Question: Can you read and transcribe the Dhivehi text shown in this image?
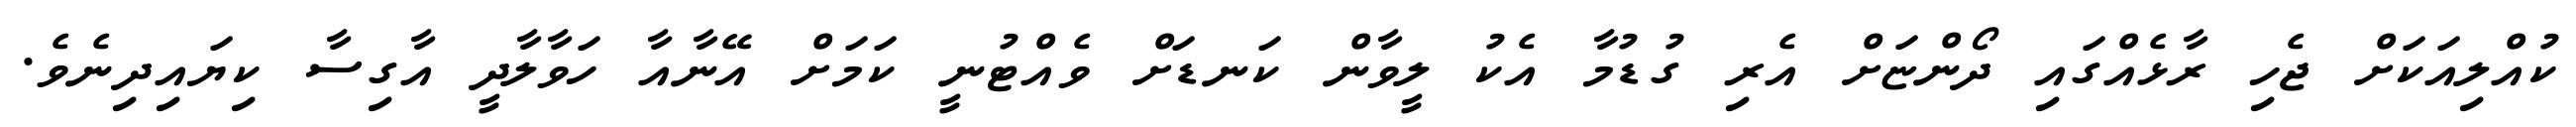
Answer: ކުއްލިއަކަށް ޖެހި ރާޅެއްގައި ދޯންޏަށް އެރި ގުޑުމާ އެކު ލީވާން ކަނޑަށް ވެއްޓުނީ ކަމަށް އޭނާއާ ހަވާލާދީ އާގިސާ ކިޔައިދިނެވެ.